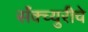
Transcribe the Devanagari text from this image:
सॅंक्च्युरीचे